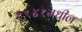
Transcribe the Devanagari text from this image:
१९४१मधील